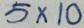
5 \times 1 0